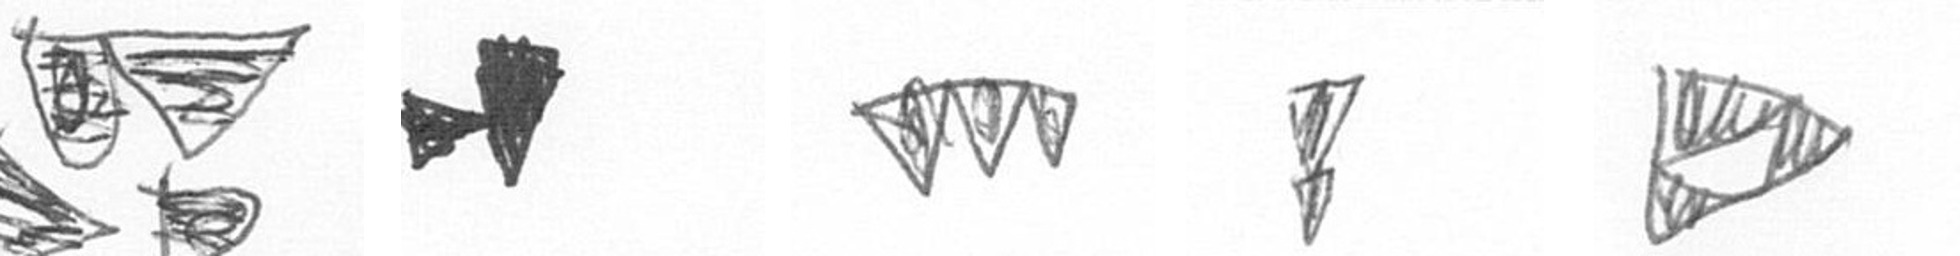
B M L Z K